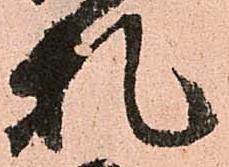
札